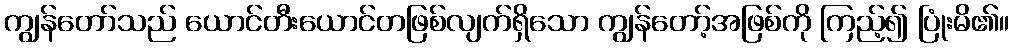
ကျွန်တော်သည် ယောင်တီးယောင်တဖြစ်လျက်ရှိသော ကျွန်တော့်အဖြစ်ကို ကြည့်၍ ပြုံးမိ၏။